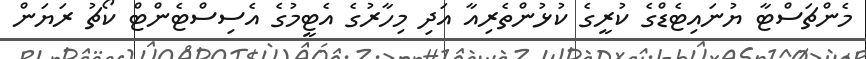
މެންޗަސްޓާ ޔުނައިޓެޑްގެ ކުރީގެ ކުޅުންތެރިއާ އަދި މިހާރުގެ އެޓީމުގެ އެސިސްޓެންޓް ކޯޗު ރަޔަން